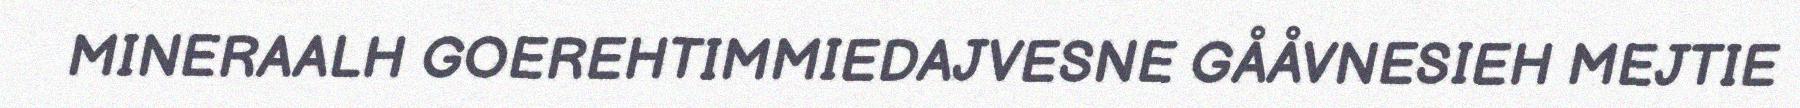
MINERAALH GOEREHTIMMIEDAJVESNE GÅÅVNESIEH MEJTIE